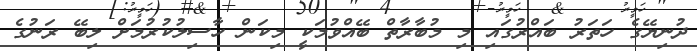
ދުނިޔޭގެ ހަތަރު ބައްރުގައި މި މުބާރާތް ބޭއްވުމަކީ މިކަން ހާސިލުކުރުމަށް ލިބޭ ރަނުގެ